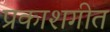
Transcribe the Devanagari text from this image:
प्रकाशगीत